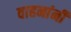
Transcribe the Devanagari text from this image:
वाहनांनी